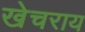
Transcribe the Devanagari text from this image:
खेचराय